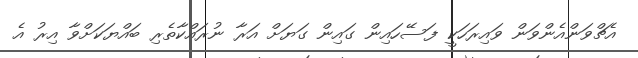
އެޗްވަންއެންވަން ވައިރަހަކީ ފަސޭހައިން ގައިން ގަޔަށް އަރާ ނުރައްކާތެރި ބައްޔަކަށްވާ އިރު އެ